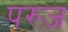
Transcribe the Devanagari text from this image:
परुज़